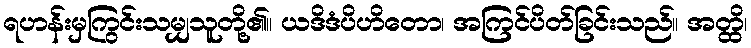
ရဟန်းမှကြွင်းသမျှသူတို့၏။ ယဒိဒံပိဟိတော၊ အကြင်ပိတ်ခြင်းသည်။ အတ္ထိ၊